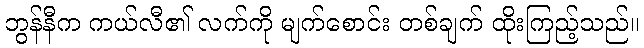
ဘွန်နီက ကယ်လီ၏ လက်ကို မျက်စောင်း တစ်ချက် ထိုးကြည့်သည်။